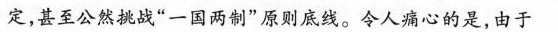
定，甚至公然挑战”一国两制”原则底线。令人痛心的是，由于